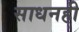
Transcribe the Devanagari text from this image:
साधनही